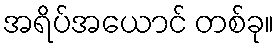
အရိပ်အယောင် တစ်ခု။